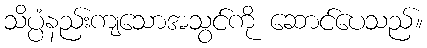
သိပ္ပံနည်းကျသောအသွင်ကို ဆောင်ပေသည်။